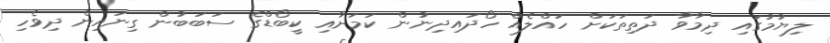
ލިޔުމުގައި ދިމާވާ ދަތިތަކަށް ހައްލެއް ހޯދައިދިނުން ކަމަށާއި ކީބޯޑްގެ ސަބަބުން ގިނައިން ދިވެހި